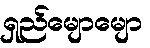
ရှည်မျောမျော